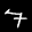
Label: 7